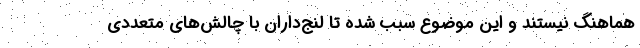
هماهنگ نیستند و این موضوع سبب شده تا لنج‌داران با چالش‌های متعددی